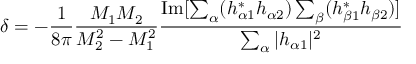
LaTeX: \delta = - { \frac { 1 } { 8 \pi } } \frac { M _ { 1 } M _ { 2 } } { M _ { 2 } ^ { 2 } - M _ { 1 } ^ { 2 } } \frac { \mathrm { I m } [ \sum _ { \alpha } ( h _ { \alpha 1 } ^ { \ast } h _ { \alpha 2 } ) \sum _ { \beta } ( h _ { \beta 1 } ^ { \ast } h _ { \beta 2 } ) ] } { \sum _ { \alpha } | h _ { \alpha 1 } | ^ { 2 } }